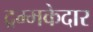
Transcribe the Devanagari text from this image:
द्रम्मकेदार